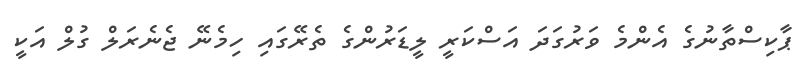
ޕާކިސްތާނުގެ އެންމެ ވަރުގަދަ އަސްކަރީ ލީޑަރުންގެ ތެރޭގައި ހިމެނޭ ޖެނެރަލް ގުލް އަކީ